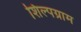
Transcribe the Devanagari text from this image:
शिल्‍पग्राम